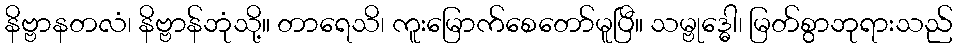
နိဗ္ဗာနတလံ၊ နိဗ္ဗာန်ဘုံသို့။ တာရေသိ၊ ကူးမြောက်စေတော်မူပြီ။ သမ္ဗုဒ္ဓေါ၊ မြတ်စွာဘုရားသည်